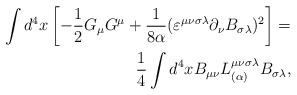
\begin{align*}\int d^{4} x \left[ - \frac{1}{2} G_{\mu} G^{\mu} + \frac{1}{8 \alpha} (\varepsilon^{\mu\nu\sigma\lambda} \partial_{\nu} B_{\sigma\lambda})^{2} \right] = \\ \frac{1}{4} \int d^{4} x B_{\mu\nu} L^{\mu\nu\sigma\lambda}_{(\alpha)} B_{\sigma\lambda},\end{align*}